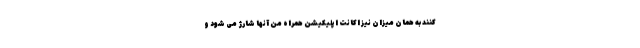
کنند به همان میزان نیز اکانت اپلیکیشن همراه من آنها شارژ می شود و